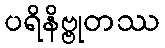
ပရိနိဗ္ဗုတဿ